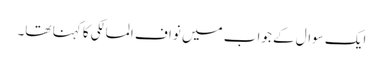
ایک سوال کے جواب میں نواف المالکی کا کہنا تھا۔